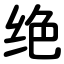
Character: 绝